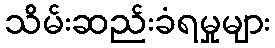
သိမ်းဆည်းခံရမှုများ